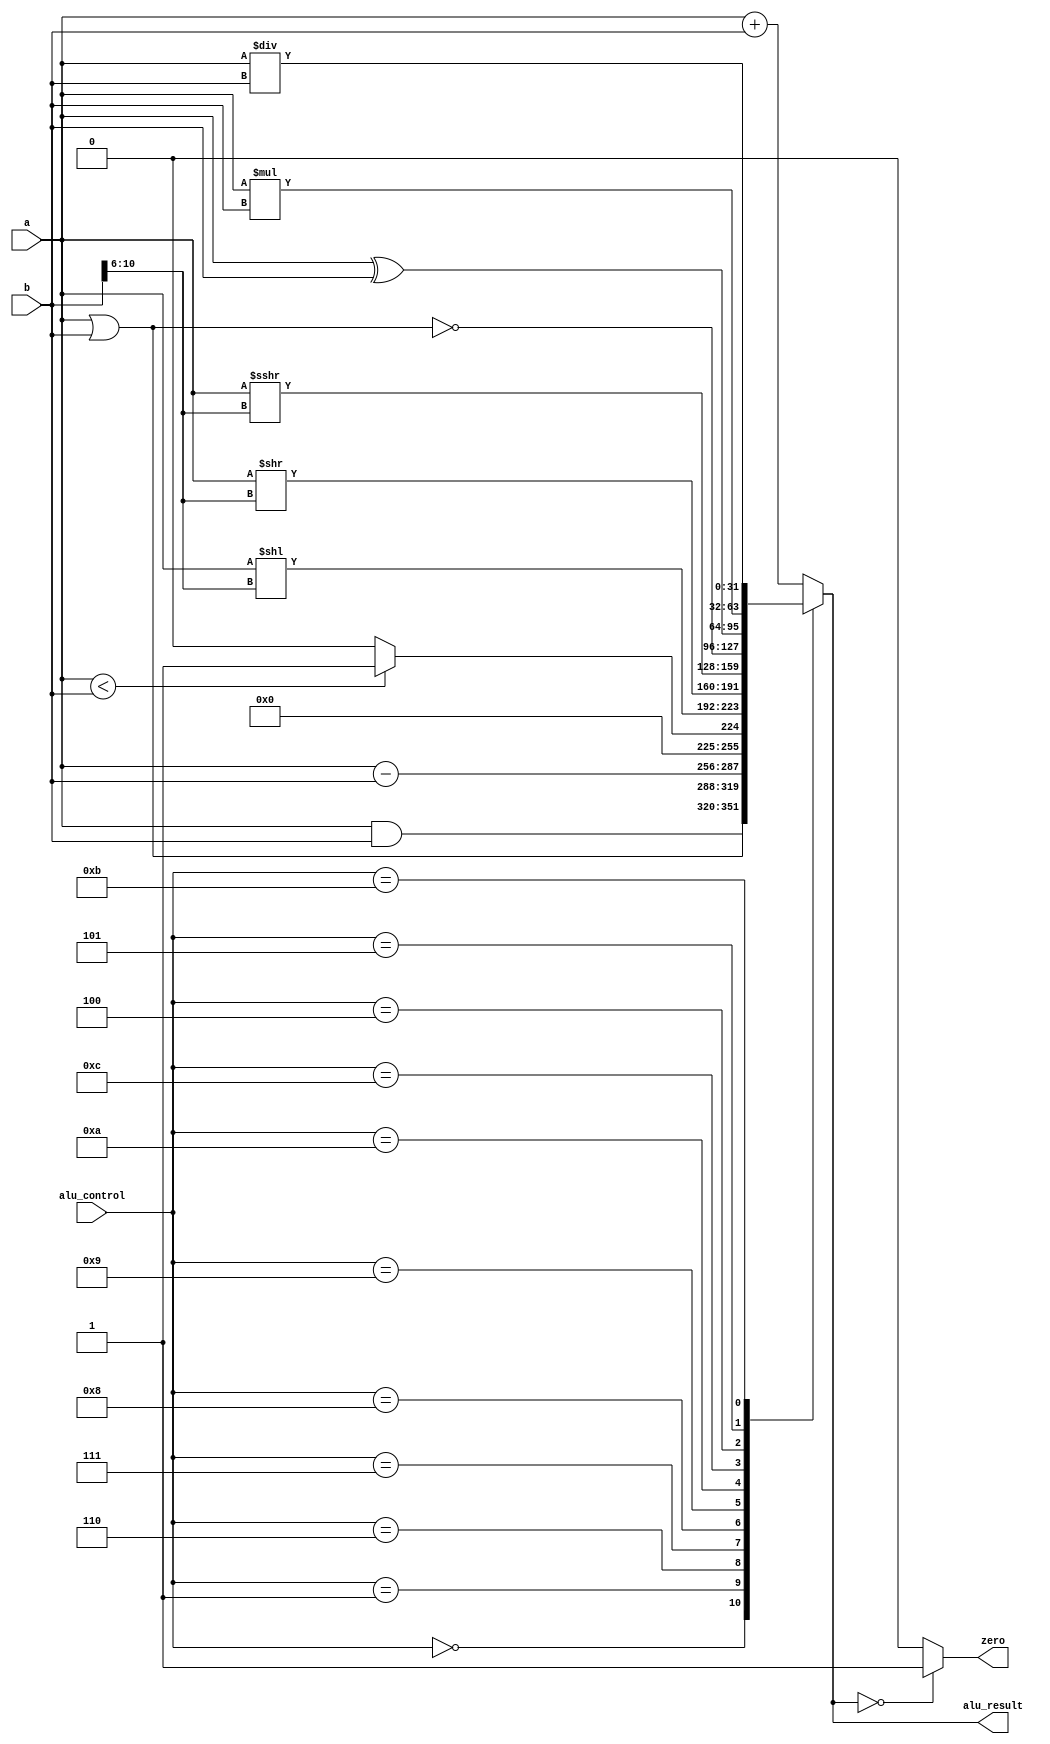
`timescale 1ns / 1ps
//////////////////////////////////////////////////////////////////////////////////
// Company: 
// Engineer: 
// 
// Design Name: 
// Module Name: ALU
// Project Name: 
// Target Devices: 
// Tool Versions: 
// Description: 
// 
// Dependencies: 
// 
// Revision:
// Revision 0.01 - File Created
// Additional Comments:
// 
//////////////////////////////////////////////////////////////////////////////////


module ALU(
    input [31:0] a,  
    input [31:0] b, 
    input [3:0] alu_control,
    output zero, 
    output reg [31:0] alu_result);  
    
    wire signed [31:0] a_signed;
    assign a_signed = a;
 always @(*)
 begin   
      case(alu_control)  
      4'b0000: alu_result = a & b;      // And  
      4'b0001: alu_result = a | b;      // Or  
      4'b0010: alu_result = a + b;      // Add  
      4'b0110: alu_result = a - b;      // Sub, Beq                                
      4'b0111: 
                if (a < b) 
                    alu_result = 32'h00000001;      // SLT
                else 
                    alu_result = 32'h00000000;       
      4'b1000: alu_result = a<<b[10:6];      // SLL
      4'b1001: alu_result = a>>b[10:6];      // SRL
      4'b1010: alu_result = a_signed>>>b[10:6];      // SRA
      4'b1100: alu_result = ~(a | b);   // Nor
      4'b0100: alu_result = a ^ b;      // Xor
      4'b0101: alu_result = a * b;      // Mult 
      4'b1011: alu_result = a / b;      // Divide
      default: alu_result = a + b; // add  
      endcase  
 end  
 assign zero = (alu_result==32'd0) ? 1'b1: 1'b0;

endmodule